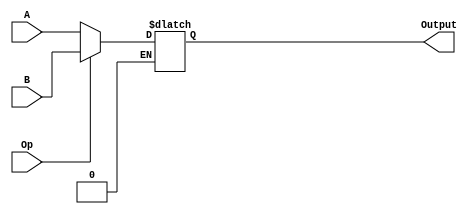
module mux_16b_2input(
    input [15:0] A,
    input [15:0] B,
    input Op,
    output [15:0] Output
    );
  reg [15:0] out;
	 assign Output = out;
always @ (*) begin
	if (Op == 0)
	out = A;
	
	if (Op == 1)
	out = B;
	
	end

endmodule